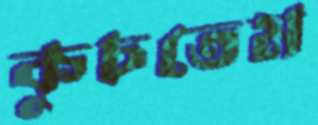
কুচতেম